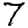
Digit: 7